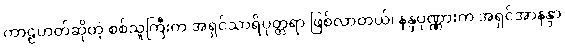
ကာဠဟတ်ဆိုတဲ့ စစ်သူကြီးက အရှင်သာရိပုတ္တရာ ဖြစ်လာတယ်၊ နန္ဒပုဏ္ဏားက အရှင်အာနန္ဒာ